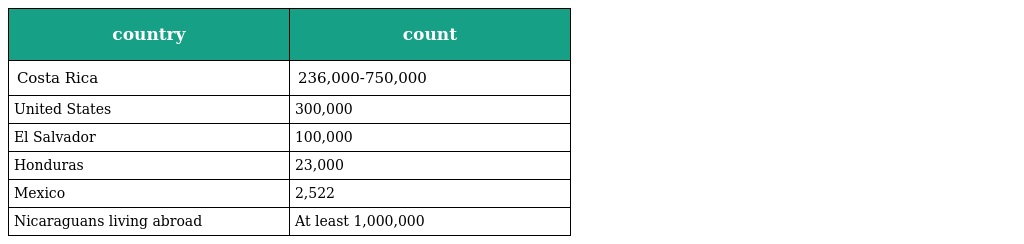
| country | count |
 | --- | --- |
 | Costa Rica | 236,000-750,000 |
 | United States | 300,000 |
 | El Salvador | 100,000 |
 | Honduras | 23,000 |
 | Mexico | 2,522 |
 | Nicaraguans living abroad | At least 1,000,000 |